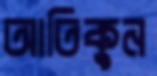
আতিকুন